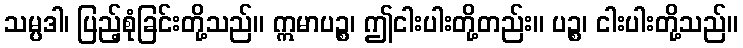
သမ္ပဒါ၊ ပြည့်စုံခြင်းတို့သည်။ ဣမာပဉ္စ၊ ဤငါးပါးတို့တည်း။ ပဉ္စ၊ ငါးပါးတို့သည်။